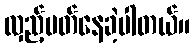
လှည့်ပတ်နေခဲ့ပါတယ်။